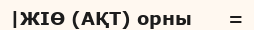
|ЖІӨ (АҚТ) орны      =